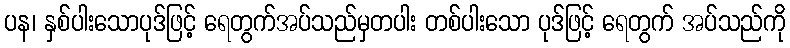
ပန၊ နှစ်ပါးသောပုဒ်ဖြင့် ရေတွက်အပ်သည်မှတပါး တစ်ပါးသော ပုဒ်ဖြင့် ရေတွက် အပ်သည်ကို